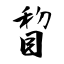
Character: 睝